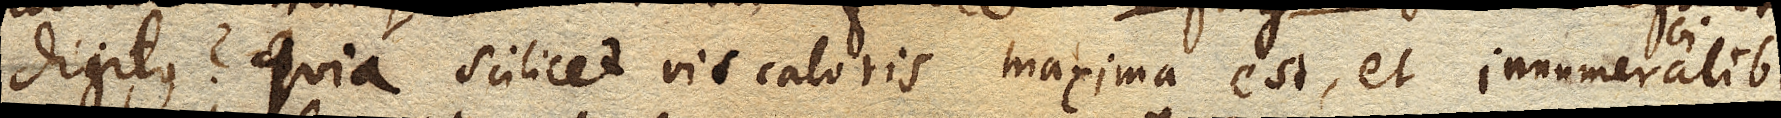
digitus? Quia scilicet vis caloris maxima est, et innumerabilibus